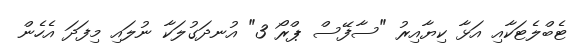
ޓެބްލެޓަކާއި އަޅާ ކިޔާއިރު "ސާފޭސް ޕްރޯ 3" އުނދަގުލަކާ ނުލައި މިފަދަ އެހެން